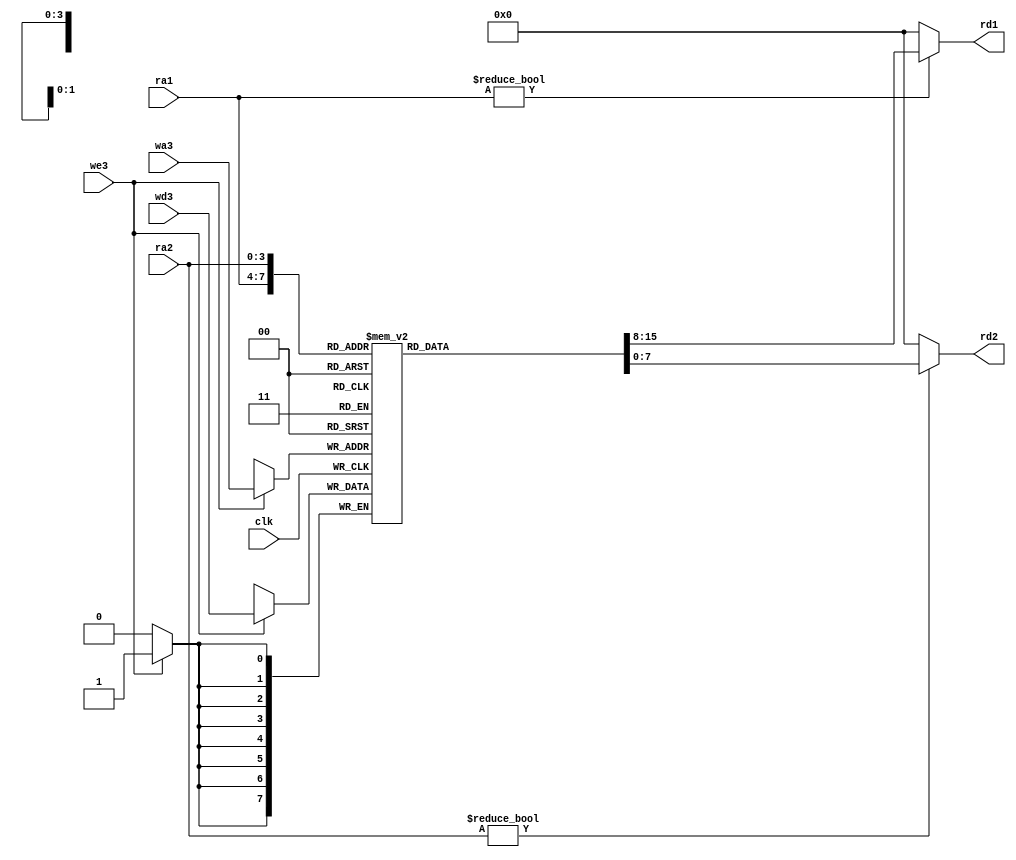
//Componentes varios

//Banco de registros de dos salidas y una entrada
module regfile(input  wire        clk, 
               input  wire        we3,           //seal de habilitacin de escritura
               input  wire [3:0]  ra1, ra2, wa3, //direcciones de regs leidos y reg a escribir
               input  wire [7:0]  wd3, 			 //dato a escribir
               output wire [7:0]  rd1, rd2);     //datos leidos

  reg [7:0] regb[0:15]; //memoria de 16 registros de 8 bits de ancho

  // El registro 0 siempre es cero
  // se leen dos reg combinacionalmente
  // y la escritura del tercero ocurre en flanco de subida del reloj
  always @(posedge clk)
    if (we3) regb[wa3] <= wd3;	
  
  assign rd1 = (ra1 != 0) ? regb[ra1] : 0;
  assign rd2 = (ra2 != 0) ? regb[ra2] : 0;
endmodule







//modulo sumador  
module sum(input  wire [9:0] a, b,
             output wire [9:0] y);

  assign y = a + b;
endmodule




//modulo de registro para modelar el PC, cambia en cada flanco de subida de reloj o de reset
module registro #(parameter WIDTH = 8)
              (input  wire             clk, reset,
               input  wire [WIDTH-1:0] d, 
               output reg  [WIDTH-1:0] q);

  always @(posedge clk, posedge reset)
    if (reset) q <= 0;
    else       q <= d;
endmodule


//modulo multiplexor, cos s=1 sale d1, s=0 sale d0
module mux2 #(parameter WIDTH = 8)
             (input  wire [WIDTH-1:0] d0, d1, 
              input  wire             s, 
              output wire [WIDTH-1:0] y);

  assign y = s ? d1 : d0; 
endmodule


//DECODIFICADOR DE 2 A 4

module deco2a4(input wire [1:0] s, output reg enable_sal0, enable_sal1, enable_sal2, enable_sal3);

  always  @(*)
  begin
    case(s[1:0])
    
      2'b00:
      begin
       enable_sal0 = 1'b1;
       enable_sal1 = 1'b0;
       enable_sal2 = 1'b0;
       enable_sal3 = 1'b0;
      end

      2'b01:
      begin
        enable_sal0 = 1'b0;
        enable_sal1 = 1'b1;
        enable_sal2 = 1'b0;
        enable_sal3 = 1'b0;
      end
      
      2'b10:
      begin
       enable_sal0 = 1'b0;
       enable_sal1 = 1'b0;
       enable_sal2 = 1'b1;
       enable_sal3 = 1'b0;
      end
      
      2'b11:
      begin
       enable_sal0 = 1'b0;
       enable_sal1 = 1'b0;
       enable_sal2 = 1'b0;
       enable_sal3 = 1'b1;
      end

      default:
      begin
         enable_sal0 = 1'b0;
         enable_sal1 = 1'b0;
         enable_sal2 = 1'b0;
         enable_sal3 = 1'b0;
      end
    endcase
  end
endmodule





//modulo multiplexor de 4 a 1
module mux4 #(parameter WIDTH = 8)
             (input  wire [WIDTH-1:0] d0, d1, d2, d3, 
              input  wire [1:0]          s, 
              output reg [WIDTH-1:0] y);


  always @(*)
  begin
    if(s == 2'b00) y <= d0;
    else if(s == 2'b01)  y <= d1;
    else if(s == 2'b10)  y <= d2;
    else y <= d3;
  end

endmodule


//Registro de salida

module registro2 #(parameter WIDTH = 8)
              (input  wire             clk, reset, enable_mux, s_out ,out_in,
               input  wire [WIDTH-1:0] d0, d1, 
               output reg  [WIDTH-1:0] q);

  always @(posedge clk, posedge reset)
    if (reset) q <= 0;
    else if(enable_mux && s_out)      q <= d0;
    else if(enable_mux && out_in)     q <= d1;
endmodule 

module registro3 #(parameter WIDTH = 8)
              (input  wire             clk, reset, enable_mux,
               input  wire [WIDTH-1:0] d0, 
               output reg  [WIDTH-1:0] q);

  always @(posedge clk, posedge reset)
    if (reset) q <= 0;
    else if(enable_mux)      q <= d0;
endmodule 

 
//SUMADOR RESTADOR para SALTO RELATIVO

module sumrest(input wire clk, reset, input  wire [9:0] a, input wire [8:0] b, input wire s,
             output reg [9:0] y); 

  always @(*)
  begin
    if(reset)
        y <= 10'b0;
    else if(s)
        y <= a - b;
    else
        y <= a + b;
  end   

endmodule